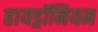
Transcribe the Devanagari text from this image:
हायड्रॉनियम